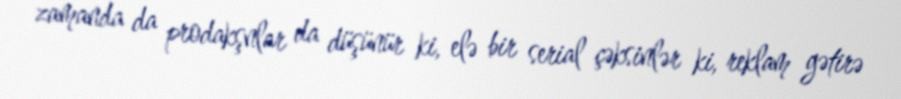
zamanda da prodakşnlar da düşünür ki, elə bir serial çəksinlər ki, reklam gətirə